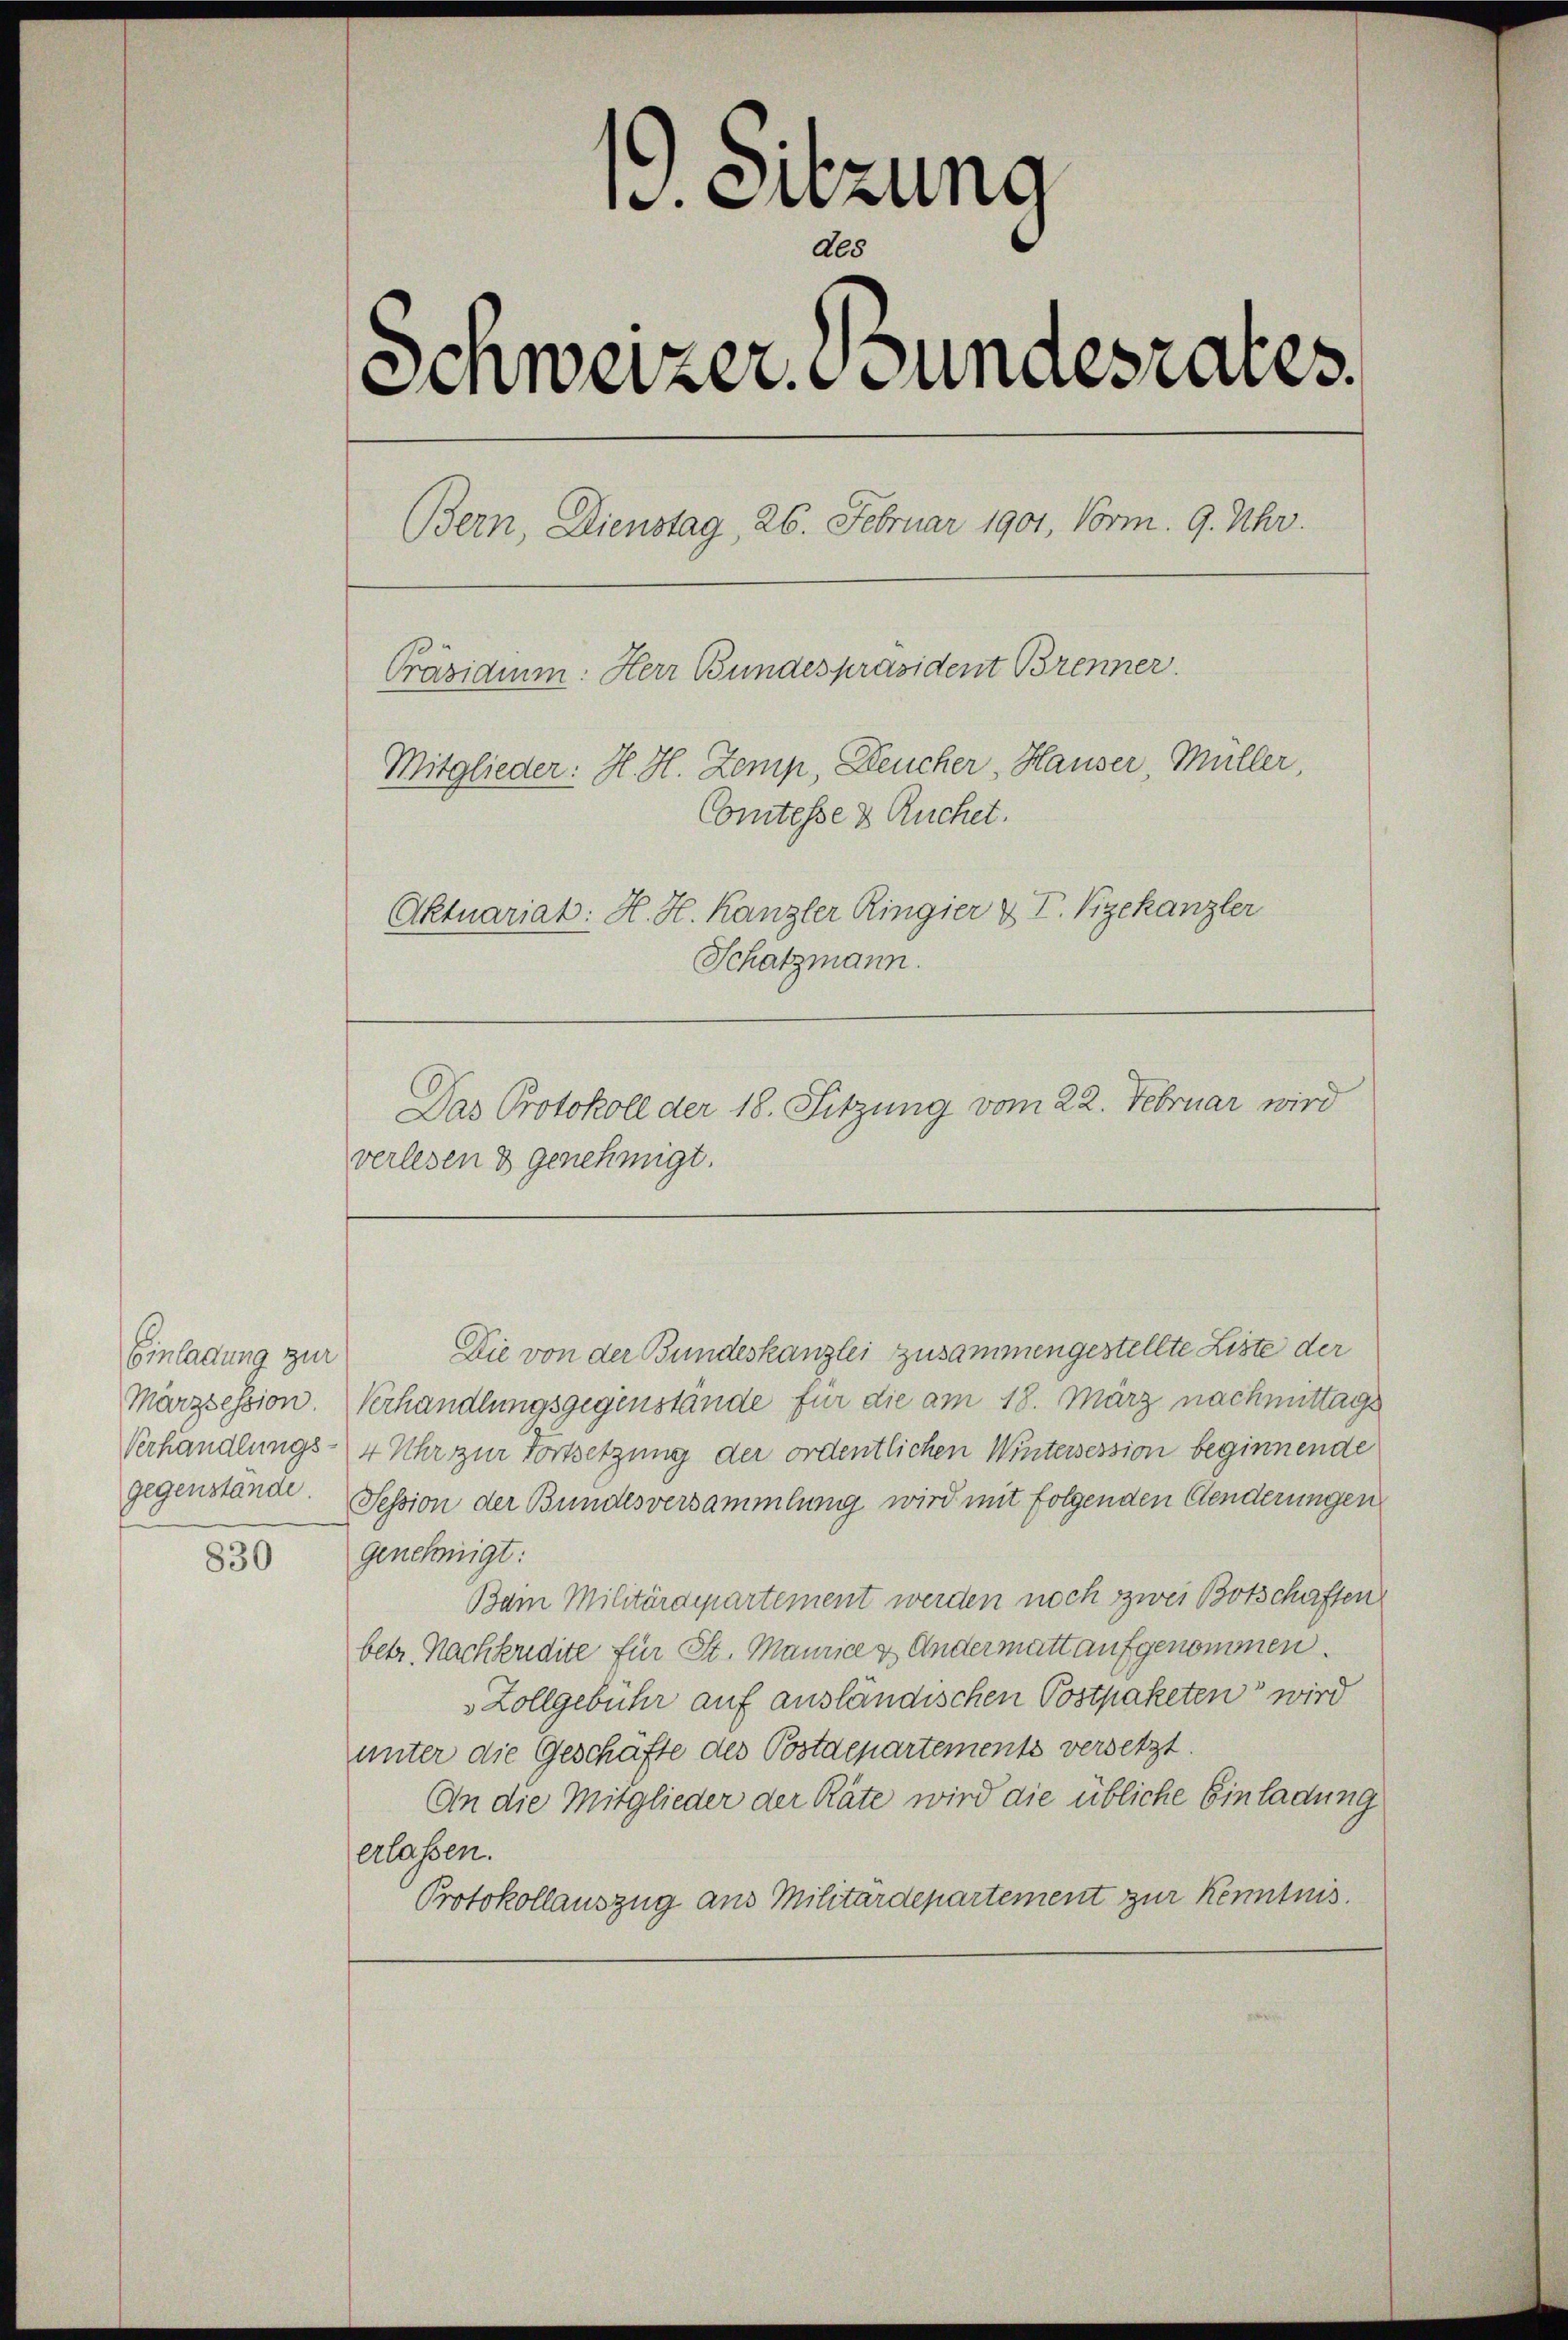
Einladung zur
Marzsession.

830

u. Sitzung
des
Schweizer Stundesrates.
Bern, Dienstag, 26. Februar 1901, Vorm. 9. Uhr.
Präsidium: Herr Bundespräsident Brenner.
Mitglieder: H. H. Zemp, Deucher, Hauser, Müller,
Comtesse 8 Ruchet.
Aktuariat: H. H. Kanzler Ringier & T. Vizekanzler
Schatzmann.
Das Protokoll der 18. Sitzung vom 22. Februar wird

verlesen & genehmigt.

Die von der Bundeskanzlei zusammengestellte Liste der
Verhandlungsgegenstände für die am 18. März nachmittags
Verhandlungs-4 Uhr zur Fortsetzung der ordentlichen Wintersession beginnende
gegenstände. Session der Bundesversammlung wird mit folgenden Aenderungen
genehmigt:
Bain Militärdepartement werden noch zwei Botschaften
betr. Nachkredite für St. Maurice & Andermatt aufgenommen.
Zollgebühr auf ausländischen Postpaketen wird
unter die Geschäfte des Postdepartements versetzt.
An die Mitglieder der Räte wird die übliche Einladung
erlassen.
Protokollauszug aus Militärdepartement zur Kenntnis.